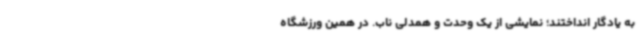
به‌ یادگار انداختند؛ نمایشی از یک وحدت و همدلی ناب. در همین ورزشگاه